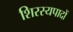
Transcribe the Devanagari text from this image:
शिरस्यपादों